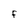
Character: F